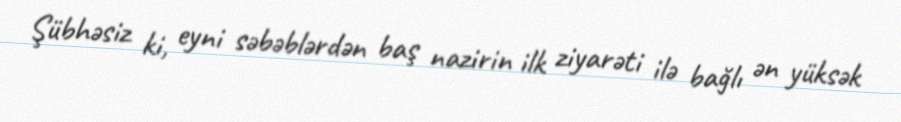
Şübhəsiz ki, eyni səbəblərdən baş nazirin ilk ziyarəti ilə bağlı ən yüksək